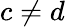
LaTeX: c\neq d